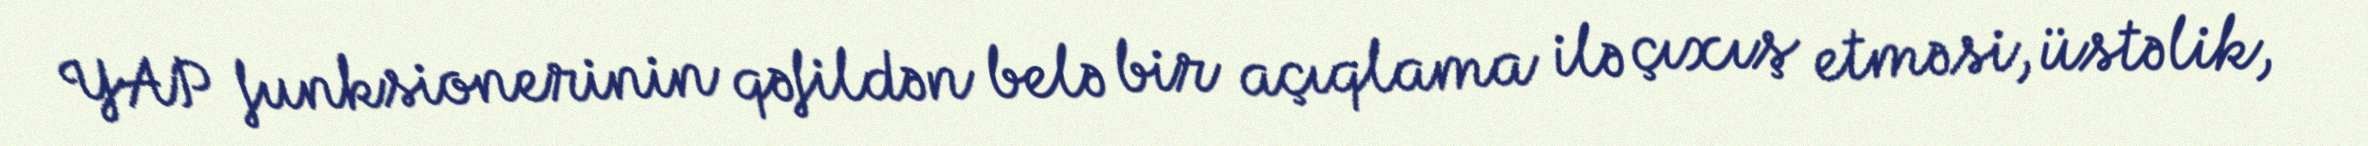
YAP funksionerinin qəfildən belə bir açıqlama ilə çıxış etməsi, üstəlik,